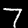
Digit: 7